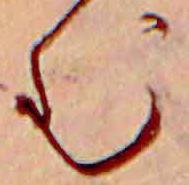
む